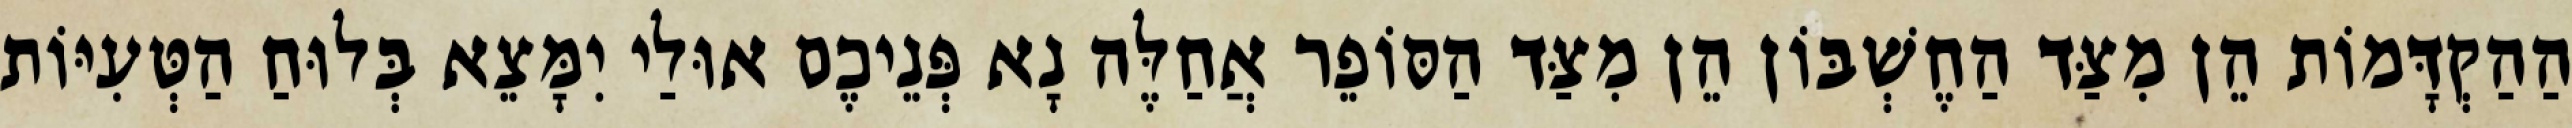
הַהַקְדָּמוֹת הֵן מִצַּד הַחֶשְׁבּוֹן הֵן מִצַּד הַסּוֹפֵר אֲחַלֶּה נָא פְּנֵיכֶם אוּלַי יִמָּצֵא בְּלוּחַ הַטְּעִיּוֹת